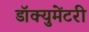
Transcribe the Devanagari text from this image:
डॉक्‍युमेंटरी